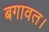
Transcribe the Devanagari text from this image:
बगावत।